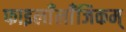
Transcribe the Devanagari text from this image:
फाइलाँलाँजिकम्